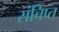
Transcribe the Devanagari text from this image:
संचिप्त